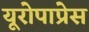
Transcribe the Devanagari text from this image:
यूरोपाप्रेस